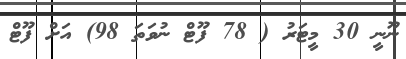
ނޫނީ 30 މީޓަރު ( 78 ފޫޓް ނުވަތަ 98) އަށް ފޫޓް